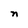
Character: n